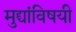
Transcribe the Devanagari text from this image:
मुद्द्यांविषयी